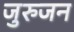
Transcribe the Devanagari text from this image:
जुरुजन